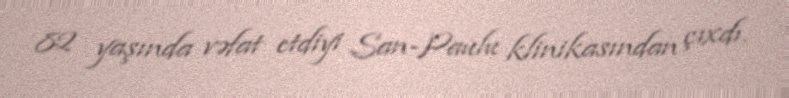
82 yaşında vəfat etdiyi San-Paulu klinikasından çıxdı.